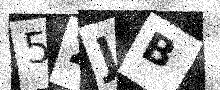
Text: 52JB